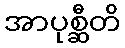
အာပုစ္ဆီတိ